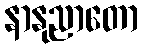
နာနုညာတော